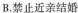
B.禁止近亲结婚